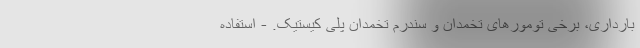
بارداری، برخی تومورهای تخمدان و سندرم تخمدان پلی کیستیک. - استفاده